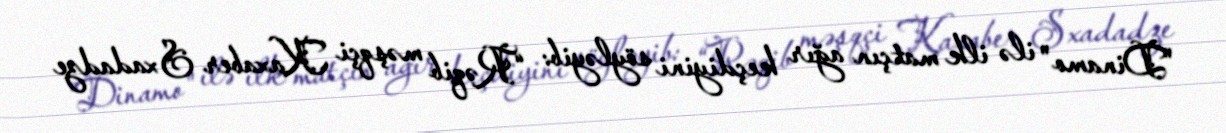
"Dinamo" ilə ilk matçın ağır keçdiyini söyləyib: “Rəqib məşqçi Kaxaber Sxadadze